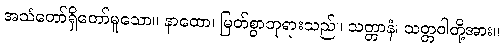
အသံတော်ရှိတော်မူသော။ နာထော၊ မြတ်စွာဘုရားသည်။ သတ္တာနံ၊ သတ္တဝါတို့အား။